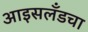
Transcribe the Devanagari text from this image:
आइसलँडचा